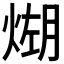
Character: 𪹆